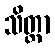
သိတ္တာ